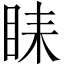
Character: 𥅦